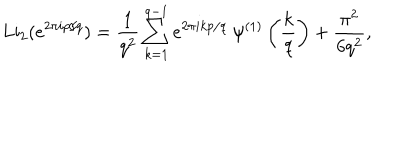
\mathrm { L i } _ { 2 } ( e ^ { 2 \pi i p / q } ) = \frac { 1 } { q ^ { 2 } } \sum _ { k = 1 } ^ { q - 1 } e ^ { 2 \pi i k p / q } ~ \psi ^ { ( 1 ) } \left( \frac { k } { q } \right) + \frac { \pi ^ { 2 } } { 6 q ^ { 2 } } ,